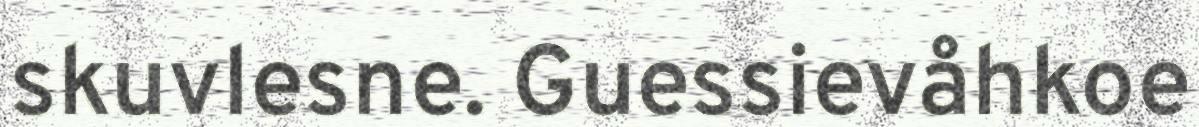
skuvlesne. Guessievåhkoe